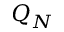
Q _ { N }